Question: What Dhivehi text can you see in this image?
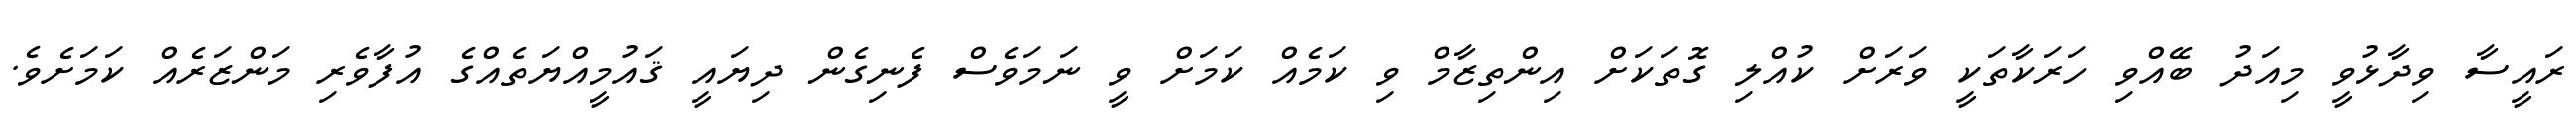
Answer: ރައީސާ ވިދާޅުވީ މިއަދު ބޭއްވި ހަރަކާތަކީ ވަރަށް ކުއްލި ގޮތަކަށް އިންތިޒާމް ވި ކަމެއް ކަމަށް ވީ ނަމަވެސް ފެނިގެން ދިޔައީ ޤައުމީއްޔަތެއްގެ އުފާވެރި މަންޒަރެއް ކަމަށެވެ.